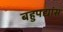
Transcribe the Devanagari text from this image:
बहुपद्यांस